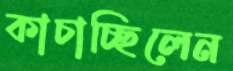
কাচাচ্ছিলেন